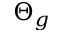
\Theta _ { g }